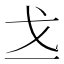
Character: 𪭉